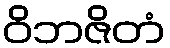
ဝိဘဇိတံ